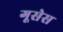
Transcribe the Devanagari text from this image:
गूसेस